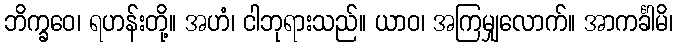
ဘိက္ခဝေ၊ ရဟန်းတို့။ အဟံ၊ ငါဘုရားသည်။ ယာဝ၊ အကြမျှလောက်။ အာကင်္ခါမိ၊